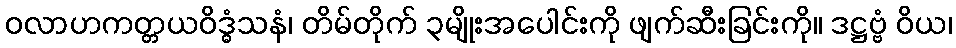
ဝလာဟကတ္တယဝိဒ္ဓံသနံ၊ တိမ်တိုက် ၃မျိုးအပေါင်းကို ဖျက်ဆီးခြင်းကို။ ဒဋ္ဌဗ္ဗံ ဝိယ၊